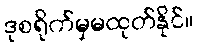
ဒုစရိုက်မှမထုတ်နိုင်။